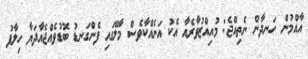
އާއްމުން ހަނދާން ނެތިއްޖެ: މުއިއްޒުވާރެއާ އެކު އަނެއްކާވެސް މާލޭގައި ފެންގަނޑު ބޮޑުވެއްޖެއާދަޔާ ހިލާފު